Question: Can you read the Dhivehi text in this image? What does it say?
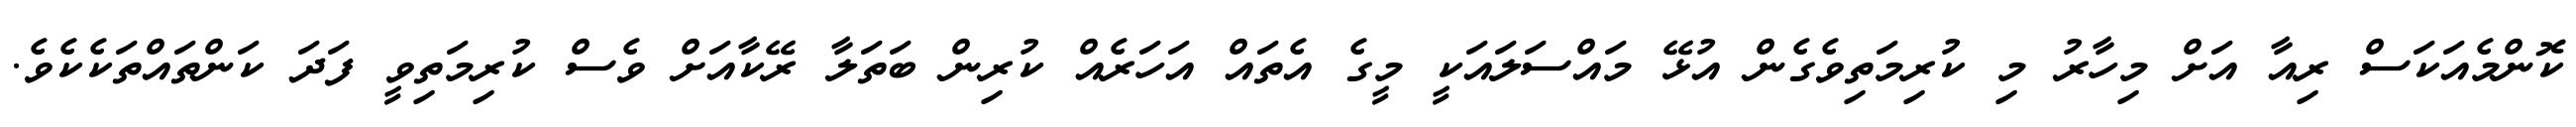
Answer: ކޮންމެއަކަސް ރިއާ އަށް މިހާރު މި ކުރިމަތިވެގެން އުޅޭ މައްސަލައަކީ މީގެ އެތައް އަހަރެއް ކުރިން ބަތަލާ ރޭކާއަށް ވެސް ކުރިމަތިވީ ފަދަ ކަންތައްތަކެކެވެ.